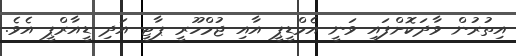
އިތުރުން ވާދަކޮށްފައި ވަނީ އެމްޑީޕީ އާއި ޖުމްހޫރީ ޕާޓީ އަދި ޑީއާރްޕީ އެވެ.